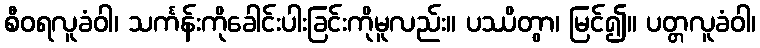
စီဝရလူခံဝါ၊ သင်္ကန်းကိုခေါင်းပါးခြင်းကိုမူလည်း။ ပဿိတွာ၊ မြင်၍။ ပတ္တလူခံဝါ၊